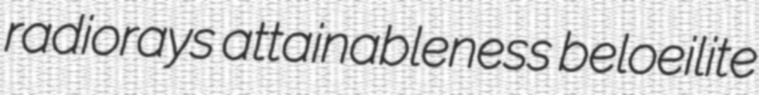
radiorays attainableness beloeilite